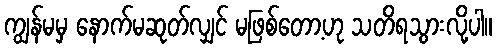
ကျွန်မမှ နောက်မဆုတ်လျှင် မဖြစ်တော့ဟု သတိရသွားလို့ပါ။